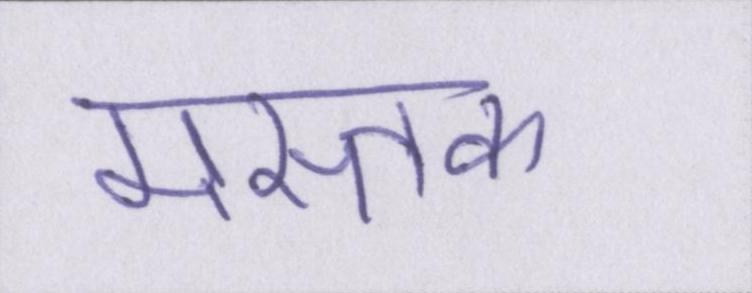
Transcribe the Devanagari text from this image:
मस्तक